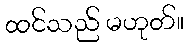
ထင်သည် မဟုတ်။